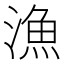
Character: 漁